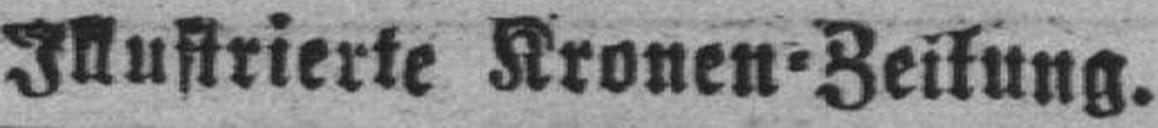
Illustrierte Kronen=Zeitung.